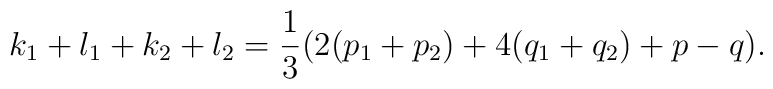
k_1+l_1+k_2+l_2 = \frac{1}{3} (2(p_1+p_2)+4(q_1+q_2) +p-q).